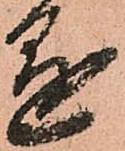
懸